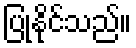
ပြုနိုင်သည်။